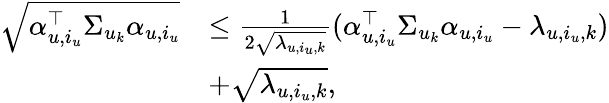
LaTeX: \begin{array}{rl}{\sqrt{\alpha_{u,i_{u}}^{\top}\Sigma_{u_{k}}\alpha_{u,i_{u}}}}&{\leq\frac{1}{2\sqrt{\lambda_{u,i_{u},k}}}(\alpha_{u,i_{u}}^{\top}\Sigma_{u_{k}}\alpha_{u,i_{u}}-\lambda_{u,i_{u},k})}\\ &{+\sqrt{\lambda_{u,i_{u},k}},}\end{array}